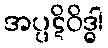
အပ္ပဋိဝိဒ္ဓါ